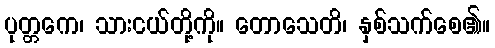
ပုတ္တကေ၊ သားငယ်တို့ကို။ တောသေတိ၊ နှစ်သက်စေ၏။